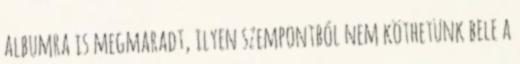
albumra is megmaradt, ilyen szempontból nem köthetünk bele a